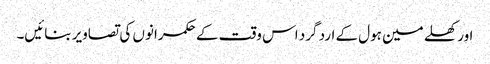
اور کھلے مین ہول کے ارد گرد اس وقت کے حکمرانوں کی تصاویر بنائیں۔